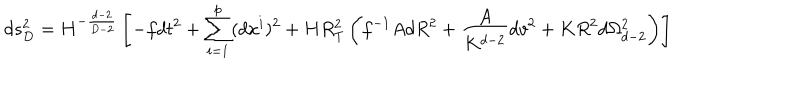
d s _ { D } ^ { 2 } = H ^ { - \frac { d - 2 } { D - 2 } } \left[ - f d t ^ { 2 } + \sum _ { i = 1 } ^ { p } ( d x ^ { i } ) ^ { 2 } + H R _ { T } ^ { 2 } \left( f ^ { - 1 } A d R ^ { 2 } + \frac { A } { K ^ { d - 2 } } d v ^ { 2 } + K R ^ { 2 } d \Omega _ { d - 2 } ^ { 2 } \right) \right]